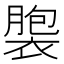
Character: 褜